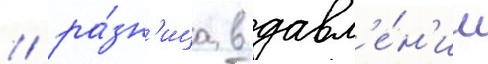
/ ра́зн'ица в давл'е́н'ии